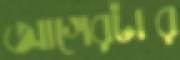
আগেরটার